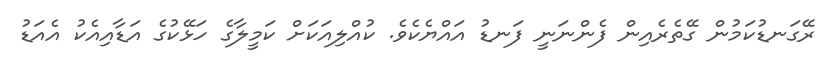
ރޭގަނޑުކަމުން ގޭތެރެއިން ފެންނަނީ ފަނޑު އައްޔެކެވެ. ކުއްލިއަކަށް ކަމީލާގެ ހަޅޭކުގެ އަޑާއިއެކު އެއަޑު